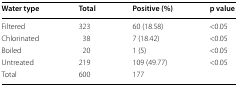
| Water type | Total | Positive (%) | p value |
 | --- | --- | --- | --- |
 | Filtered | 323 | 60 (18.58) | <0.05 |
 | Chlorinated | 38 | 7 (18.42) | <0.05 |
 | Boiled | 20 | 1 (5) | <0.05 |
 | Untreated | 219 | 109 (49.77) | <0.05 |
 | Total | 600 | 177 |  |